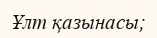
Ұлт қазынасы;